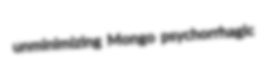
unminimizing Mongo psychorrhagic